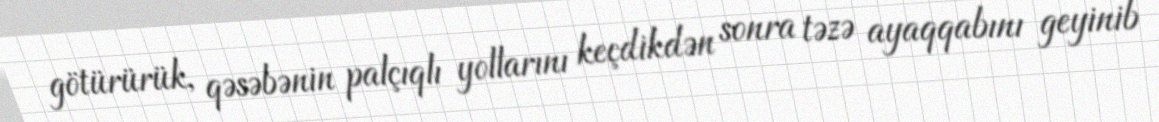
götürürük, qəsəbənin palçıqlı yollarını keçdikdən sonra təzə ayaqqabını geyinib